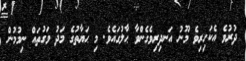
ދުރުވެ އެކަހިރިވެ މޫނު އަނދިރިވެގެންވާ ޙާލުގައެވެ. މި ޙަޔާތުގެ މަދު ވަގުތައް ނިމުމުން